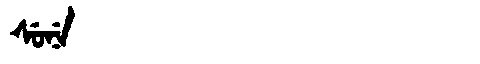
Manchu: ᠰᡠᠨᡝ
Romanization: SUNE